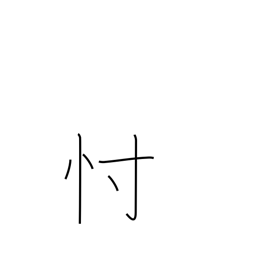
Meaning: conjecture